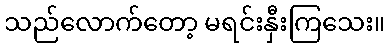
သည်လောက်တော့ မရင်းနှီးကြသေး။